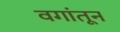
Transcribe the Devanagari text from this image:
वगांतून